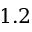
1 . 2